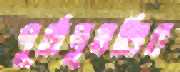
পূর্বানুমতির